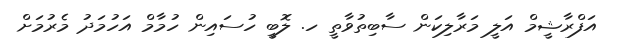
އަފްރާޝީމް އަލީ މަރާލިކަން ސާބިތުވާތީ ހ. ލޮބީ ހުސައިން ހުމާމް އަހުމަދު މެރުމަށް